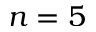
n = 5